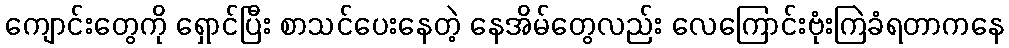
ကျောင်းတွေကို ရှောင်ပြီး စာသင်ပေးနေတဲ့ နေအိမ်တွေလည်း လေကြောင်းဗုံးကြဲခံရတာကနေ